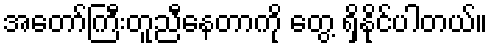
အတော်ကြီးတူညီနေတာကို တွေ့ ရှိနိုင်ပါတယ်။